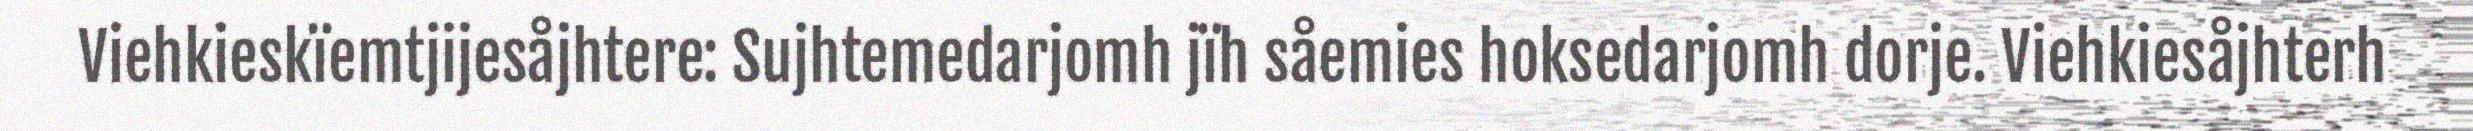
Viehkieskïemtjijesåjhtere: Sujhtemedarjomh jïh såemies hoksedarjomh dorje. Viehkiesåjhterh